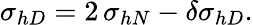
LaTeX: \sigma_{hD}=2\, \sigma_{hN}-\delta\sigma_{hD}.